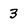
Character: 3